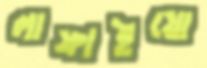
লাফাইয়ো